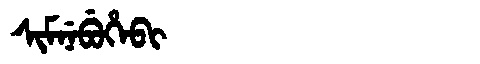
Manchu: ᠰᡳᠮᠨᡝᠪᡠᡥᡝᠪᡳ
Romanization: SIMNEBUHEBI